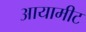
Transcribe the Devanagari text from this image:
आयामीट